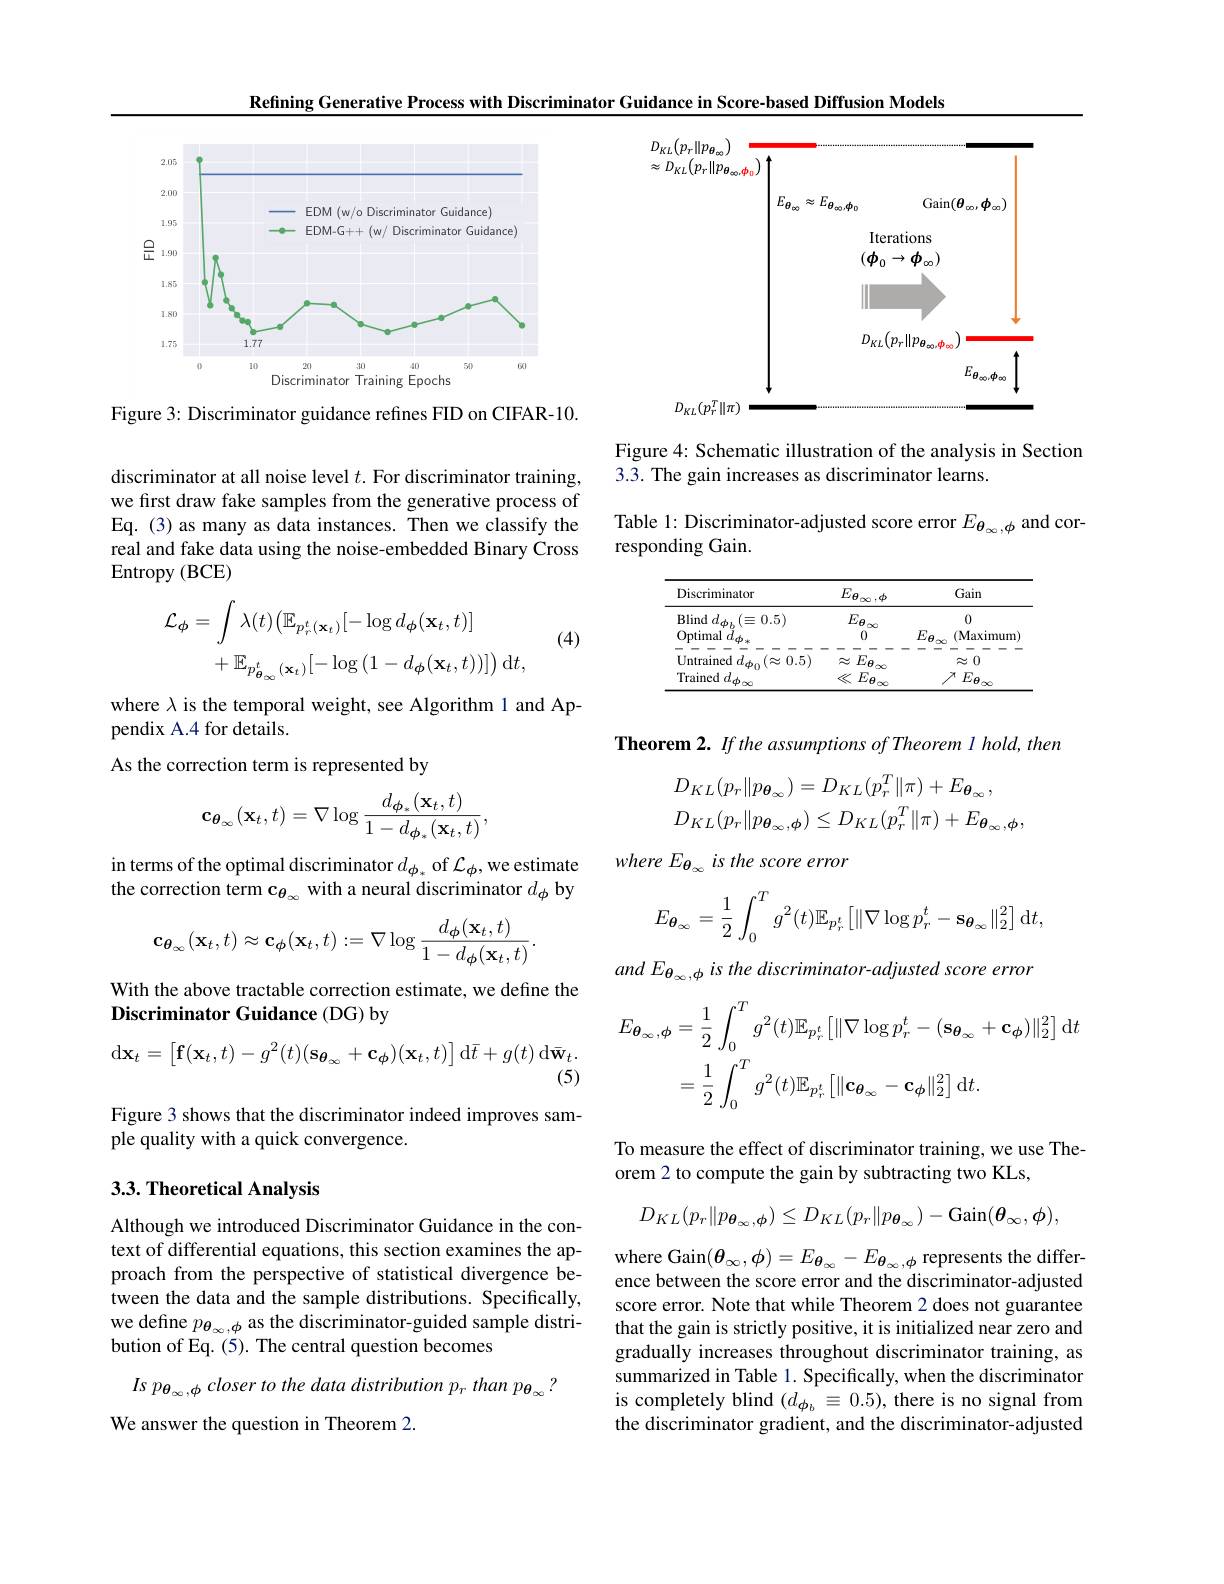
Refining Generative Process with Discriminator Guidance in Score-based Diffusion Models

<FigureHere>

Figure 3: Discriminator guidance refines FID on CIFAR-10.

discriminator at all noise level $t.$ For discriminator training, we first draw fake samples from the generative process of Eq. (3) as many as data instances. Then we classify the real and fake data using the noise-embedded Binary Cross Entropy (BCE)

(4)
$$\begin{aligned}\mathcal{L}_{\phi}&=\int\lambda(t)\big(\mathbb{E}_{p_{r}^{t}(\mathbf{x}_{t})}[-\log d_{\phi}(\mathbf{x}_{t},t)]\\&+\mathbb{E}_{p_{\theta_{\infty}}^{t}(\mathbf{x}_{t})}[-\log{(1-d_{\phi}(\mathbf{x}_{t},t))}]\big)\:\mathrm{d}t,\end{aligned}$$
where $\lambda$ is the temporal weight, see Algorithm 1 and Ap-
pendix A.4 for details.
As the correction term is represented by
$$\mathbf{c}_{\boldsymbol{\theta}_{\infty}}(\mathbf{x}_{t},t)=\nabla\log\frac{d_{\boldsymbol{\phi}_{*}}(\mathbf{x}_{t},t)}{1-d_{\boldsymbol{\phi}_{*}}(\mathbf{x}_{t},t)},$$
in terms of the optimal discriminator $d_{\phi_*}$ of $\mathcal{L}_\phi$,we estimate the correction term $\mathbf{c}_{\boldsymbol{\theta}_\infty}$ with a neural discriminator $d_\phi$ by
$$\mathbf{c}_{\boldsymbol{\theta}_{\infty}}(\mathbf{x}_{t},t)\approx\mathbf{c}_{\boldsymbol{\phi}}(\mathbf{x}_{t},t):=\nabla\log\frac{d_{\boldsymbol{\phi}}(\mathbf{x}_{t},t)}{1-d_{\boldsymbol{\phi}}(\mathbf{x}_{t},t)}.$$
With the above tractable correction estimate, we define the
Discriminator Guidance (DG) by
$$\mathrm{d}\mathbf{x}_{t}=\begin{bmatrix}\mathbf{f}(\mathbf{x}_{t},t)-g^{2}(t)(\mathbf{s}_{\boldsymbol{\theta}_{\infty}}+\mathbf{c}_{\boldsymbol{\phi}})(\mathbf{x}_{t},t)\end{bmatrix}\mathrm{d}\bar{t}+g(t)\:\mathrm{d}\bar{\mathbf{w}}_{t}.$$
Figure 3 shows that the discriminator indeed improves sam-
ple quality with a quick convergence.

## 3.3. Theoretical Analysis

Although we introduced Discriminator Guidance in the context of differential equations, this section examines the approach from the perspective of statistical divergence between the data and the sample distributions. Specifically, we define $p_{\boldsymbol{\theta}_\infty,\phi}$ as the discriminator-guided sample distribution of Eq. (5). The central question becomes

$Is$ $p_{\boldsymbol{\theta }_\infty , \boldsymbol{\phi }}$ closer $to$ the data distribution $p_r$ than $p_{\boldsymbol{\theta }_\infty }?$

We answer the question in Theorem 2.

<FigureHere>

Figure 4: Schematic illustration of the analysis in Section
3.3. The gain increases as discriminator learns.

Table 1: Discriminator-adjusted score error $E_{\boldsymbol{\theta}_\infty,\phi}$ and cor-
responding Gain.

<table>
	<tbody>
		<tr>
			<th>Discriminator</th>
			<th>$1_{\infty},\phi$ Gain</th>
		</tr>
		<tr>
			<td>${\mathbf{Blind}}$ $d_{\boldsymbol{\phi }_{h}}( \equiv 0. 5)$</td>
			<td>0</td>
		</tr>
		<tr>
			<td>Optimal Untrained $a$ $d$ T T 5</td>
			<td>0 $E_{\boldsymbol{\theta}_{\infty}}$ (Maximun) 1 $F$ 0 7 A</td>
		</tr>
		<tr>
			<td>Trained $d_{\phi}$</td>
			<td>$E_{\boldsymbol{\theta}}$ $E_{\boldsymbol{\theta}}$ $\nearrow$</td>
		</tr>
	</tbody>
</table>

Theorem 2. If the assumptions of Theorem 1 hold, then
$$D_{KL}(p_{r}\|p_{\boldsymbol{\theta}_{\infty}})=D_{KL}(p_{r}^{T}\|\pi)+E_{\boldsymbol{\theta}_{\infty}},\\D_{KL}(p_{r}\|p_{\boldsymbol{\theta}_{\infty},\boldsymbol{\phi}})\leq D_{KL}(p_{r}^{T}\|\pi)+E_{\boldsymbol{\theta}_{\infty},\boldsymbol{\phi}},$$
$whereE_{\boldsymbol{\theta}_{\infty}}$ is the score error
$$E_{\boldsymbol{\theta}_{\infty}}=\dfrac{1}{2}\int_{0}^{T}g^{2}(t)\mathbb{E}_{p_{r}^{t}}\left[\|\nabla\log p_{r}^{t}-\mathbf{s}_{\boldsymbol{\theta}_{\infty}}\|_{2}^{2}\right]\mathrm{d}t,$$
and E $E_{\boldsymbol{\theta}_\infty,\boldsymbol{\phi}}$ is the discriminator-adjusted score error
$$\begin{aligned}E_{\boldsymbol{\theta}_{\infty},\boldsymbol{\phi}}&=\frac{1}{2}\int_{0}^{T}g^{2}(t)\mathbb{E}_{p_{r}^{t}}\left[\|\nabla\log p_{r}^{t}-(\mathbf{s}_{\boldsymbol{\theta}_{\infty}}+\mathbf{c}_{\boldsymbol{\phi}})\|_{2}^{2}\right]\mathrm{d}t\\&=\frac{1}{2}\int_{0}^{T}g^{2}(t)\mathbb{E}_{p_{r}^{t}}\left[\|\mathbf{c}_{\boldsymbol{\theta}_{\infty}}-\mathbf{c}_{\boldsymbol{\phi}}\|_{2}^{2}\right]\mathrm{d}t.\end{aligned}$$
To measure the effect of discriminator training, we use The-
orem 2 to compute the gain by subtracting two KLs,
$$D_{KL}(p_{r}\|p_{\theta_{\infty},\phi})\leq D_{KL}(p_{r}\|p_{\theta_{\infty}})-\mathrm{Gain}(\theta_{\infty},\phi),$$
where Gain$(\boldsymbol{\theta}_\infty,\boldsymbol{\phi})=E_{\boldsymbol{\theta}_\infty}-E_{\boldsymbol{\theta}_\infty,\boldsymbol{\phi}}$ represents the difference between the score error and the discriminator-adjusted score error. Note that while Theorem 2 does not guarantee that the gain is strictly positive, it is initialized near zero and gradually increases throughout discriminator training, as summarized in Table 1. Specifically, when the discriminator is completely blind $(d_{\phi_b}\equiv0.5)$, there is no signal from the discriminator gradient, and the discriminator-adjusted